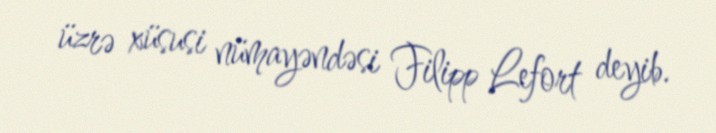
üzrə xüsusi nümayəndəsi Filipp Lefort deyib.